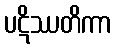
ပဋိဿတိကာ